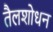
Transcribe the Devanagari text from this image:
तैलशोधन